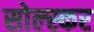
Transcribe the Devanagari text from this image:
सोल्स्कर